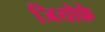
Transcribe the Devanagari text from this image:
जियोफ्रे